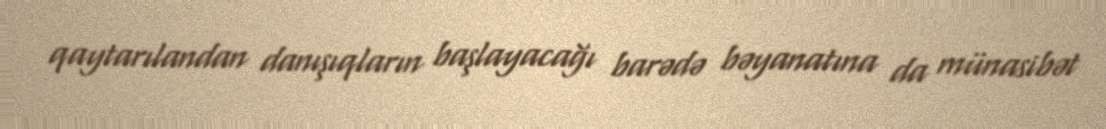
qaytarılandan danışıqların başlayacağı barədə bəyanatına da münasibət